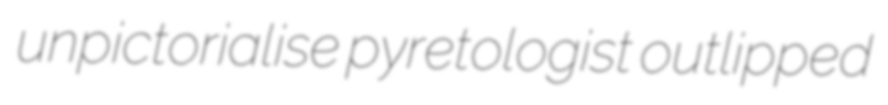
unpictorialise pyretologist outlipped